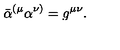
\bar { \alpha } ^ { ( \mu } \alpha ^ { \nu ) } = g ^ { \mu \nu } .